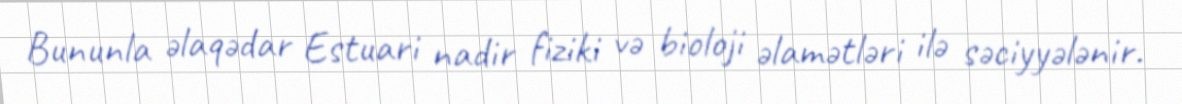
Bununla əlaqədar Estuari nadir fiziki və bioloji əlamətləri ilə səciyyələnir.